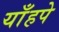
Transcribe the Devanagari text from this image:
याँहपे